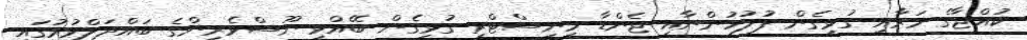
ކުއްޖާގެ މަރާއި ގުޅިގެން ފުލުހުންނާއި ޖެންޑާ މިނިސްޓްރީ ގުޅިގެން ބޭއްވި ނޫސްވެރިންގެ ބައްދަލްވުމުގައި